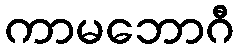
ကာမဘောဂီ